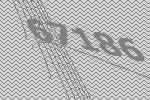
67186